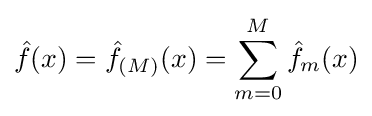
{\hat {f}}(x)={\hat {f}}_{(M)}(x)=\sum _{m=0}^{M}{\hat {f}}_{m}(x)